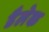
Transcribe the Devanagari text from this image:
डैलेक